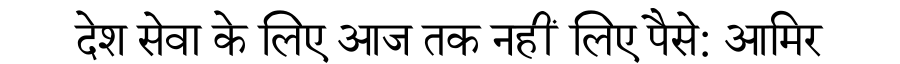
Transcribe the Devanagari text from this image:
देश सेवा के लिए आज तक नहीं लिए पैसे: आमिर